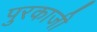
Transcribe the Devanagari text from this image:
पुरकाजी